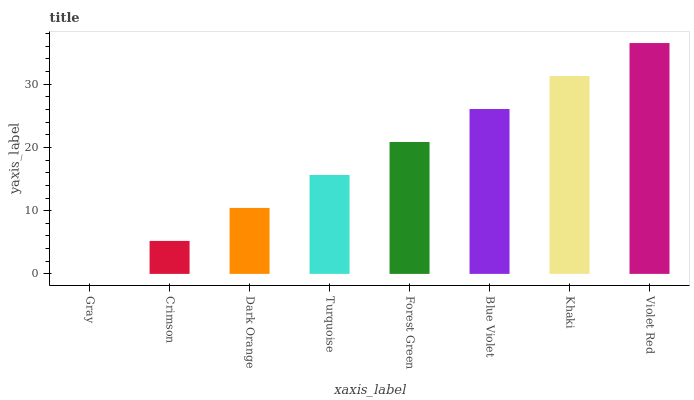
| xaxis_label | bars |
 | --- | --- |
 | Gray | 0 |
 | Crimson | 5.22 |
 | Dark Orange | 10.4 |
 | Turquoise | 15.6 |
 | Forest Green | 20.9 |
 | Blue Violet | 26.1 |
 | Khaki | 31.3 |
 | Violet Red | 36.5 |